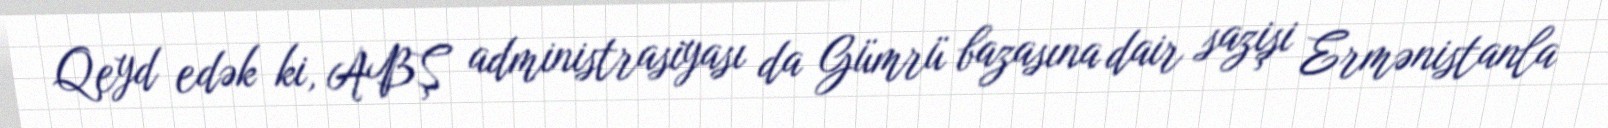
Qeyd edək ki, ABŞ administrasiyası da Gümrü bazasına dair sazişi Ermənistanla